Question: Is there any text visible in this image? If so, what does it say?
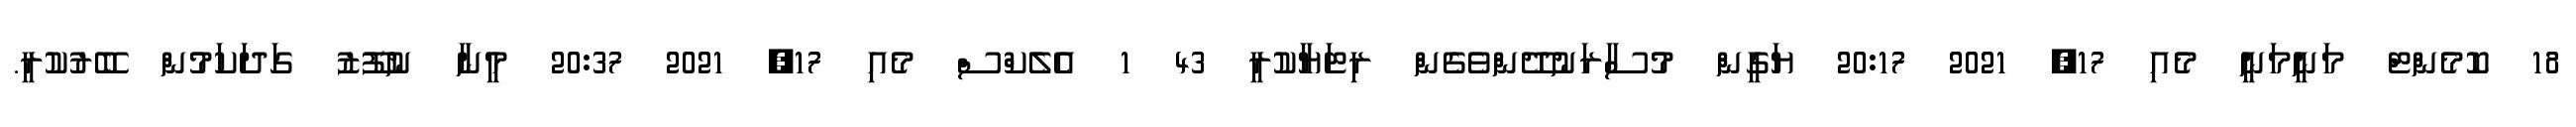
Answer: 18 ކޮމެންޓް މަނީމަނީ މެއި 17, 2021 20:17 ޔަގީން މުސާރަނުދޭންވެގެން ރިޓަޔާކުރީ 43 1 އެލެކްސް މެއި 17, 2021 20:37 މީނާ ނުފޫޒު ގަދަކަމުން ބޭރުކުރީ.